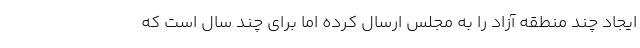
ایجاد چند منطقه آزاد را به مجلس ارسال کرده اما برای چند سال است که